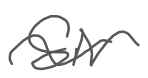
Text: Sir
Cross-out: wave
Writing tool: digital_gray